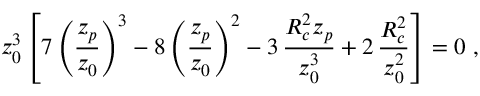
z _ { 0 } ^ { 3 } \left[ 7 \left( \frac { z _ { p } } { z _ { 0 } } \right) ^ { 3 } - 8 \left( \frac { z _ { p } } { z _ { 0 } } \right) ^ { 2 } - 3 \, \frac { R _ { c } ^ { 2 } z _ { p } } { z _ { 0 } ^ { 3 } } + 2 \, \frac { R _ { c } ^ { 2 } } { z _ { 0 } ^ { 2 } } \right] = 0 \, \, ,